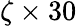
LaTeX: \zeta\times 30